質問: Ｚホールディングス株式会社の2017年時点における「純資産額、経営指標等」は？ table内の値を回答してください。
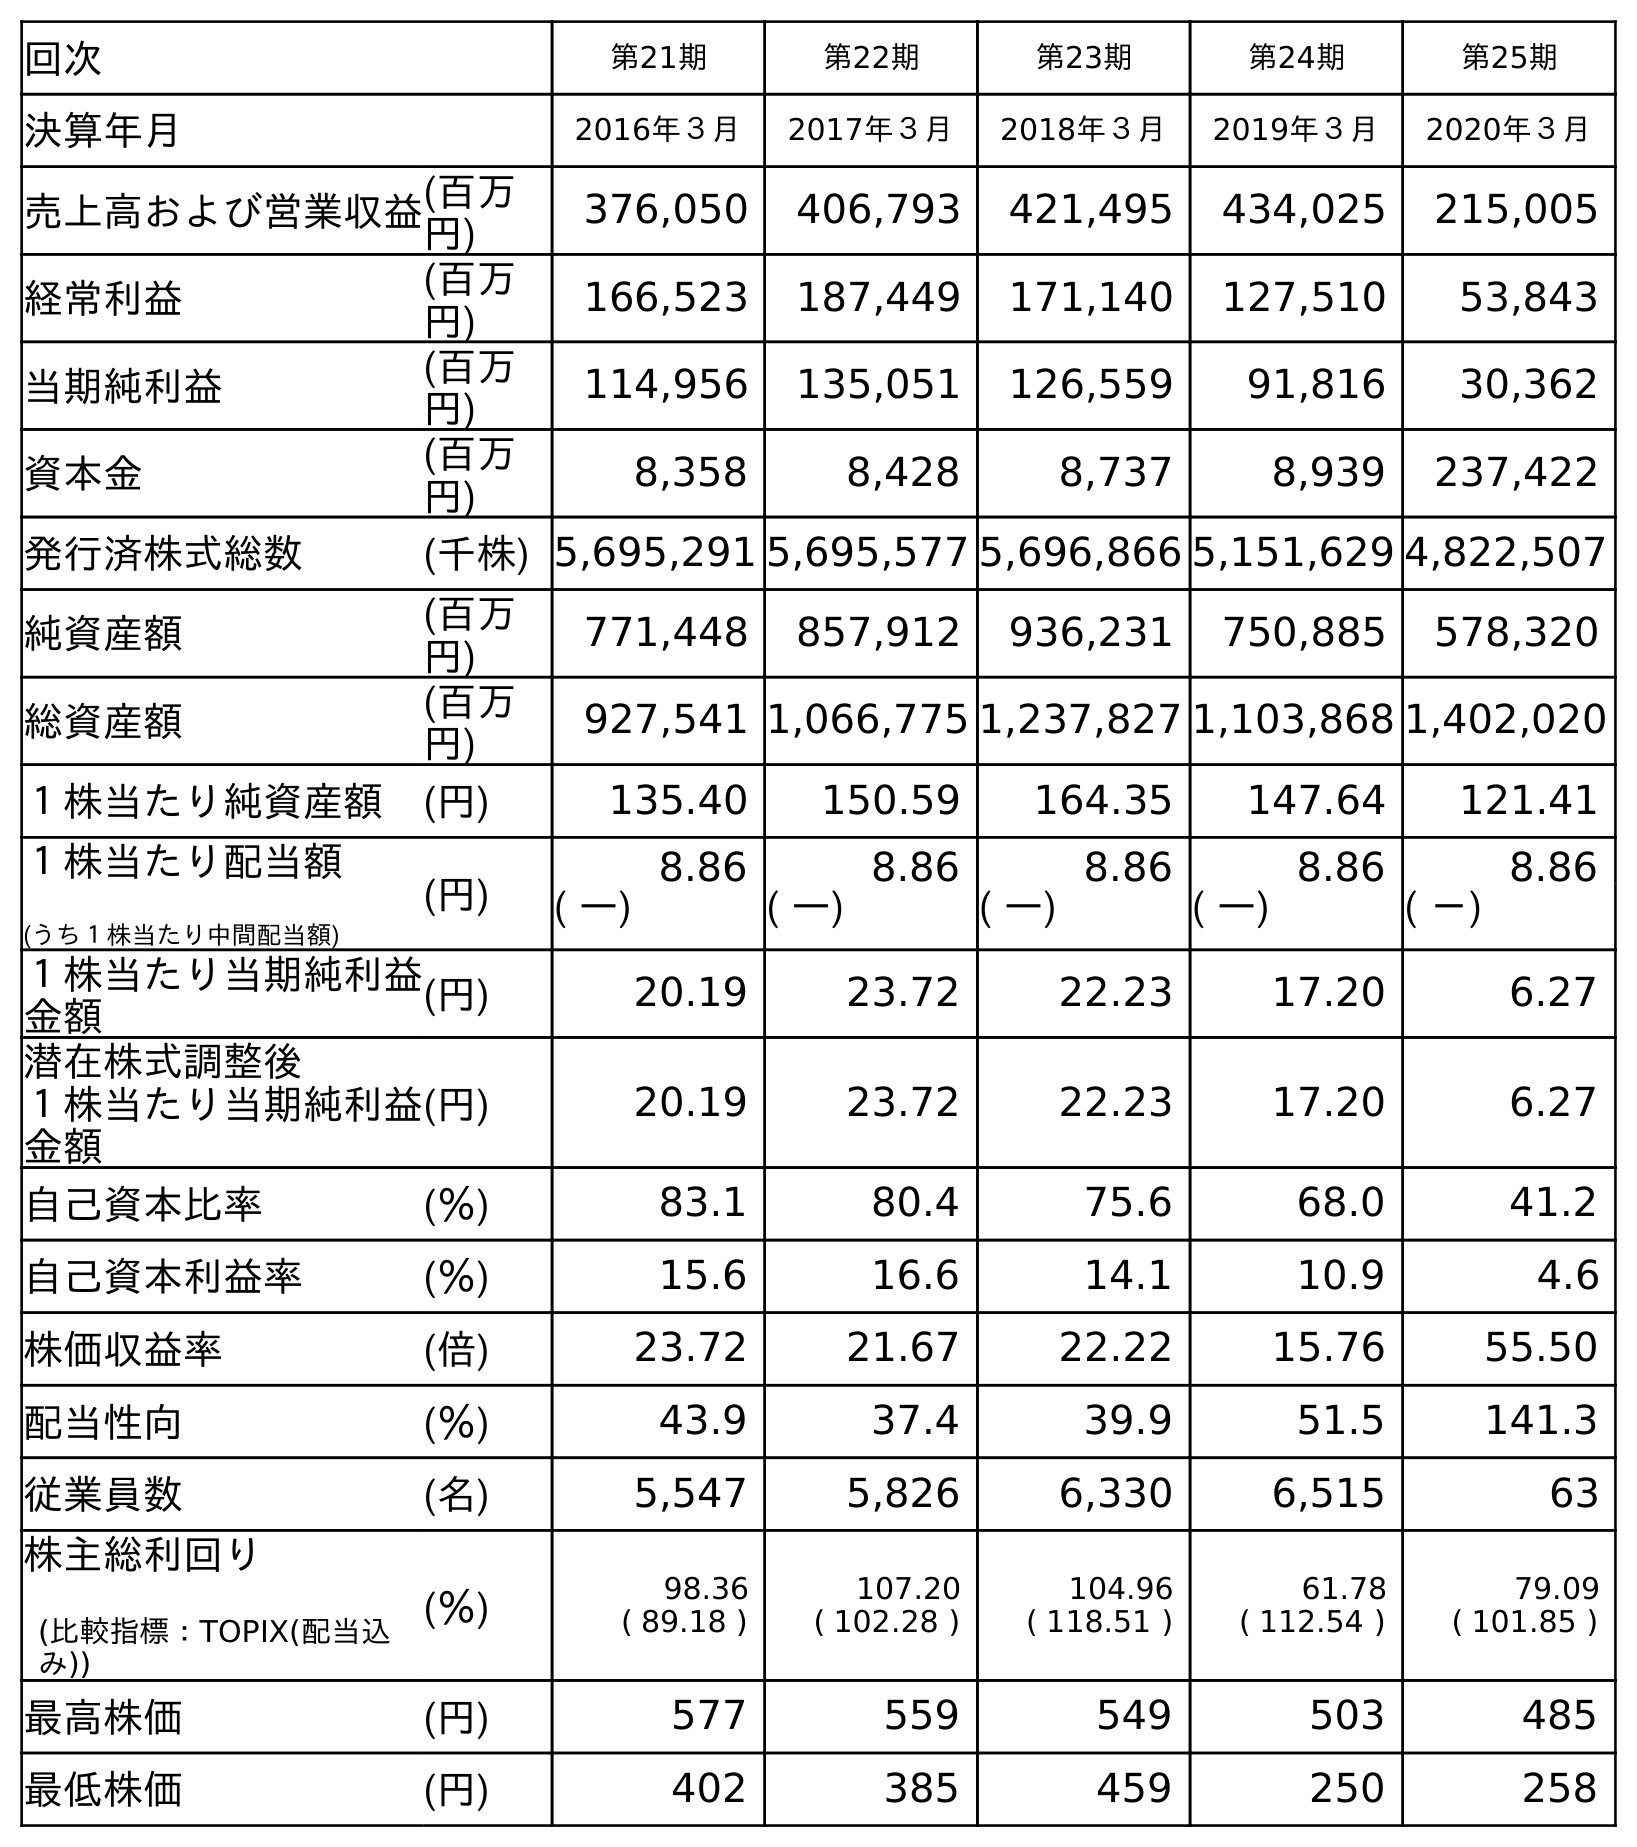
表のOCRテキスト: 回次 第21期 第22期 第23期 第24期 第25期 決算年月 2016年３月 2017年３月 2018年３月 2019年３月 2020年３月 売上高および営業収益(百万 円) 376,050 406,793 421,495 434,025 215,005 経常利益 (百万 円) 166,523 187,449 171,140 127,510 53,843 当期純利益 (百万 円) 114,956 135,051 126,559 91,816 30,362 資本金 (百万 円) 8,358 8,428 8,737 8,939 237,422 発行済株式総数 (千株) 5,695,291 5,695,577 5,696,866 5,151,629 4,822,507 純資産額 (百万 円) 771,448 857,912 936,231 750,885 578,320 総資産額 (百万 円) 927,541 1,066,775 1,237,827 1,103,868 1,402,020 １株当たり純資産額 (円) 135.40 150.59 164.35 147.64 121.41 １株当たり配当額 (うち１株当たり中間配当額) (円) 8.86 8.86 8.86 8.86 8.86 ( ―) ( ―) ( ―) ( ―) ( －) １株当たり当期純利益 金額 (円) 20.19 23.72 22.23 17.20 6.27 潜在株式調整後 １株当たり当期純利益 金額 (円) 20.19 23.72 22.23 17.20 6.27 自己資本比率 (％) 83.1 80.4 75.6 68.0 41.2 自己資本利益率 (％) 15.6 16.6 14.1 10.9 4.6 株価収益率 (倍) 23.72 21.67 22.22 15.76 55.50 配当性向 (％) 43.9 37.4 39.9 51.5 141.3 従業員数 (名) 5,547 5,826 6,330 6,515 63 株主総利回り (比較指標：TOPIX(配当込 み)) (％) 98.36 ( 89.18 ) 107.20 ( 102.28 ) 104.96 ( 118.51 ) 61.78 ( 112.54 ) 79.09 ( 101.85 ) 最高株価 (円) 577 559 549 503 485 最低株価 (円) 402 385 459 250 258
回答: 857,912